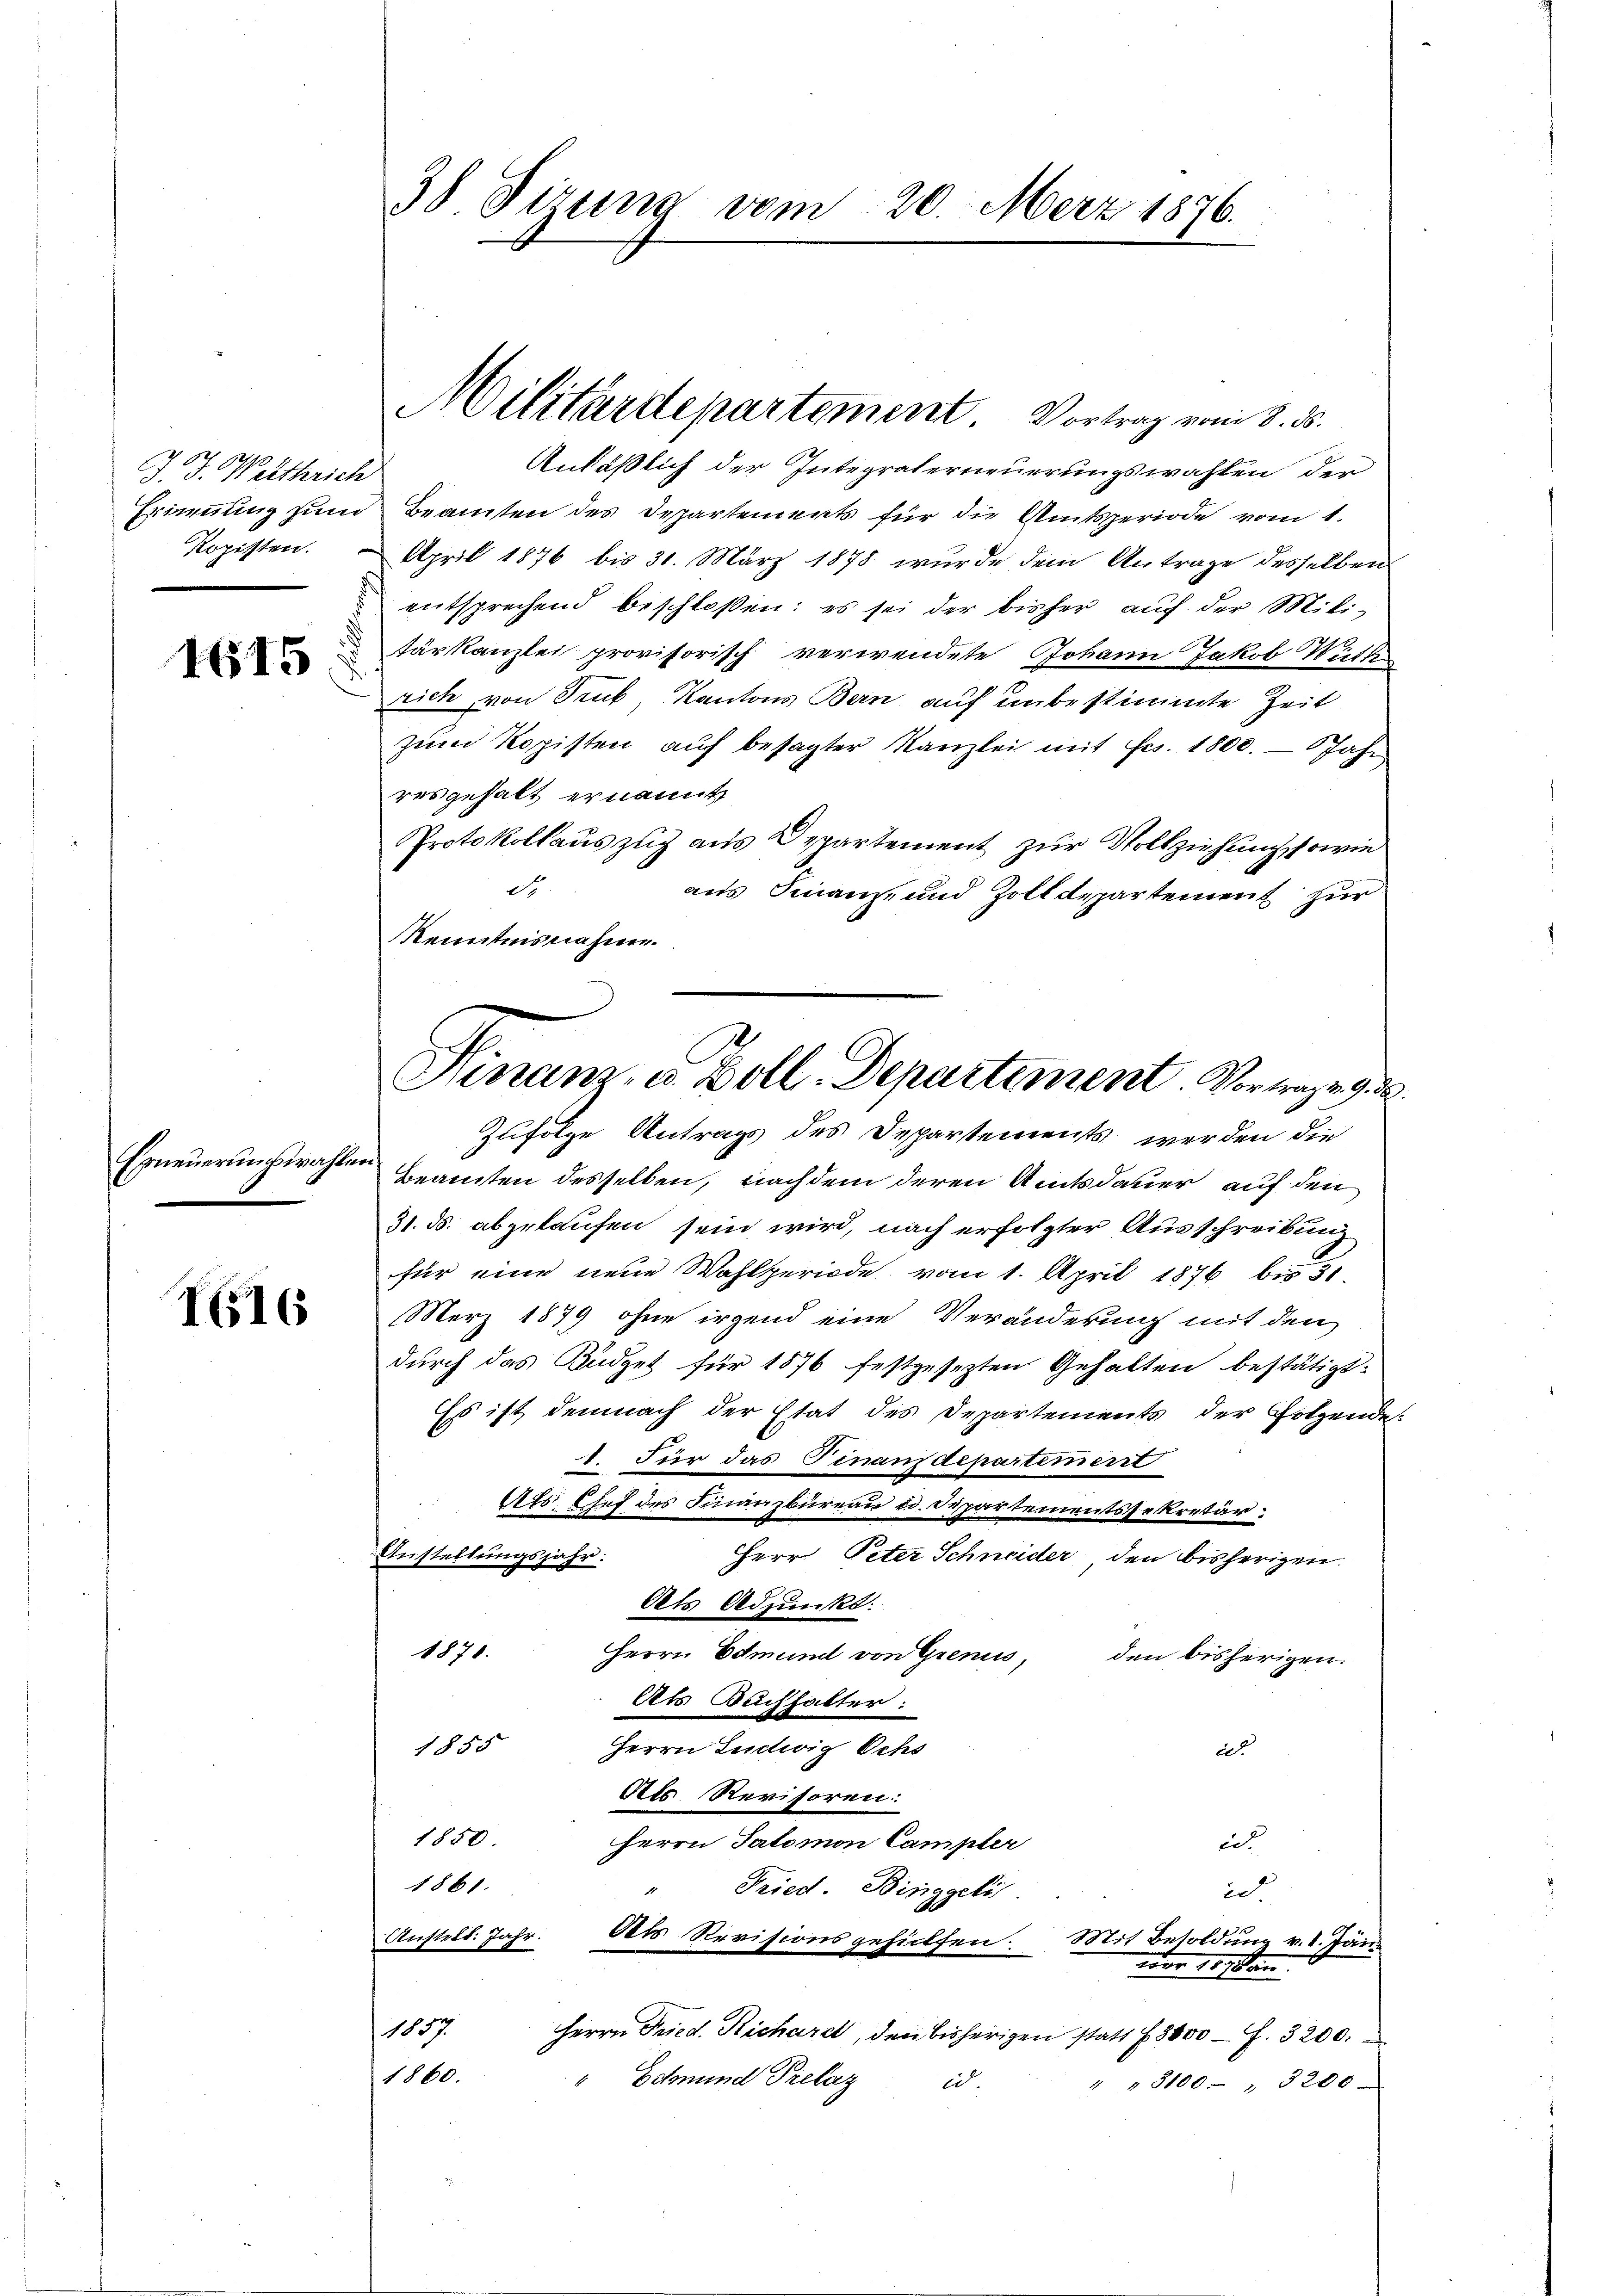
2
G. J. Weltkrich
Erinnung zum
Kopisten.

1615

Erneuerungswahlen

IG16

38 Sizung vom 20. März 1876.

Militärdepartement. Vortrag vom 8. ds.

Finanz, u. Boll-Departement Vortragen 9. d

Anläßlich der Integraterneuerungswahlen der
Beamten des Departements für die Amtsperiode vom 1.
April 1876 bis 31. März 1878 wurde dem Antrage desselben
entsprechend beschloßen: es sei der bisher auf der Militärkanzlei provisorisch verwendete Johann Jakob Wirth
rich von Druk, Kantons Bern auf unbestimmte Zeit
zum Kopisten auf besagter Kanzlei mit Frs. 1800. - 6 Jahr
resgehalt ernannt,
Protokollauszug aus Departement zur Vollziehung, sowie
de
aus Finanz- und Zolldepartement zur
Kenntnisnahmen.
Zufolge Antrags des Departements werden die
Beamten desselben, nachdem deren Amtsdauer auf den
31. ds. abzulaufen sein wird, nach erfolgter Ausschreibung
für eine neue Wahlperiode vom 1. April 1876 bis 31
März 1879 ohne irgend eine Veränderung mit den
durch das Büdget für 1876 festgesezten Gehalten bestätigt:
Es ist demnach der Etat des Departements der Gotzende
1. Für das Finanzdepartement
Es Chef des Finanzbüreau u. Departementssekretär:
Herr Peter Schneider, den bisherigen.
Anstellungsjahr:
Als Adjunkt:
1871.
Herrn Edmund von Greniss, den bisherigen
Als Buchhalter:
1855
Herrn Ludwig Ochs
d.
Als Revisoren:
1850.
Herrn Salomon Campler
ed
1861.
Fried. Binggeli
id
Anstell: Jahr. Der Revisionsgehülfen. Mit Besoldung v. 1. Jän-
var 20 an.
187
Herrn Fried. Richardt, den bisherigen statt f 3000 f. 3200.
1860.
Edmund Prelaz
i.
" " 3100- " 3200